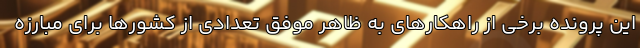
این پرونده برخی از راهکارهای به ظاهر موفق تعدادی از کشورها برای مبارزه